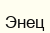
Энец